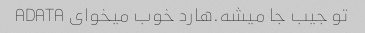
تو جیب جا میشه.هارد خوب میخوای ADATA